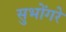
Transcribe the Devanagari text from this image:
सुभोंगरे